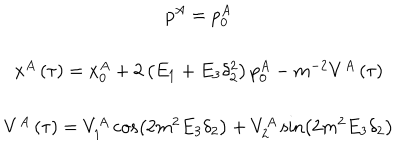
\begin{array} { c } { { p ^ { A } = p _ { 0 } ^ { A } } } \\ { { x ^ { A } \left( \tau \right) = x _ { 0 } ^ { A } + 2 \left( E _ { 1 } + E _ { 3 } \delta _ { 2 } ^ { 2 } \right) p _ { 0 } ^ { A } - m ^ { - 2 } V ^ { A } \left( \tau \right) } } \\ { { V ^ { A } \left( \tau \right) = V _ { 1 } ^ { A } \cos \left( 2 m ^ { 2 } E _ { 3 } \delta _ { 2 } \right) + V _ { 2 } ^ { A } \sin \left( 2 m ^ { 2 } E _ { 3 } \delta _ { 2 } \right) } } \\ \end{array}